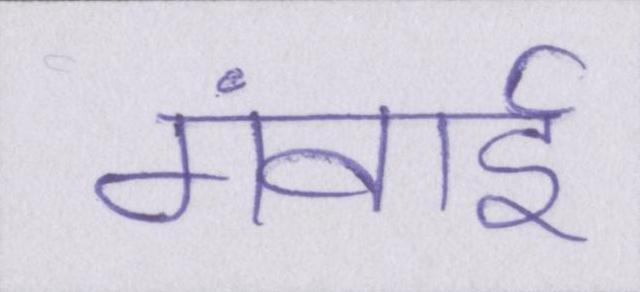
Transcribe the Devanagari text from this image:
गंवाई